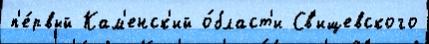
п'е́рвый Кам'енск'ий о́бласт'и Св'ищевского